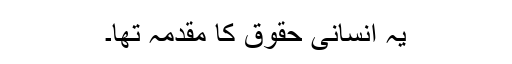
یہ انسانی حقوق کا مقدمہ تھا۔